Leaving Certificate Examination, 1922
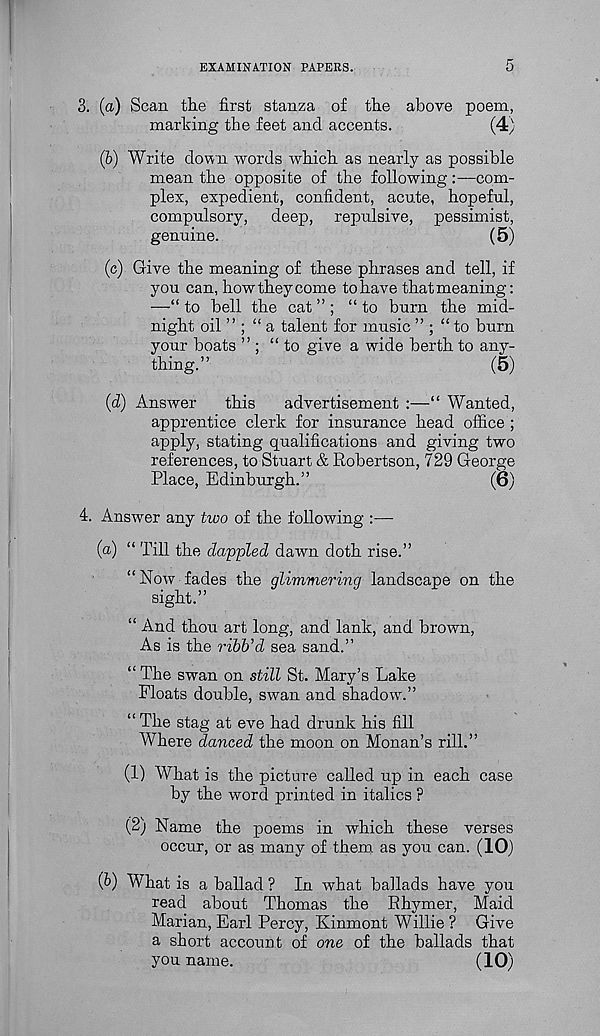
EXAMINATION PAPERS.
3. (a) Scan the first stanza of the above poem,
marking the feet and accents.
(4)
(6) Write down words which as nearly as possible
mean the opposite of the following:—com-
plex, expedient, confident, acute, hopeful,
compulsory, deep, repulsive, pessimist,
genuine.
(5)
(c) Give the meaning of these phrases and tell, if
you can, how they come to have that meaning:
—“ to bell the cat ” ; “ to burn the mid-
night oil ” ; “a talent for music ” ; “to burn
your boats ” ; “to give a wide berth to any-
thing.”
(5)
(d) Answer
this
advertisement :—“ Wanted,
apprentice clerk for insurance head office ;
apply, stating qualifications and giving two
references, to Stuart & Robertson, 729 George
Place, Edinburgh.”
(6)
4. Answer any two of the following :—
(a) “ Till the dappled dawn doth rise.”
“Now fades the glimmering landscape on the
sight.”
“ And thou art long, and lank, and brown,
As is the ribb’d sea sand.”
“ The swan on still St. Mary’s Lake
Floats double, swan and shadow.”
“ The stag at eve had drunk his fill
AVhere danced the moon on Monan’s rill.”
(1) What is the picture called up in each case
by the word printed in italics ?
(2) Name the poems in which these verses
occur, or as many of them as you can. (10)
(b) What is a ballad ? In what ballads have you
read about Thomas the Rhymer, Maid
Marian, Earl Percy, Kinmont Willie ? Give
a short account of one of the ballads that
you name.
(10)